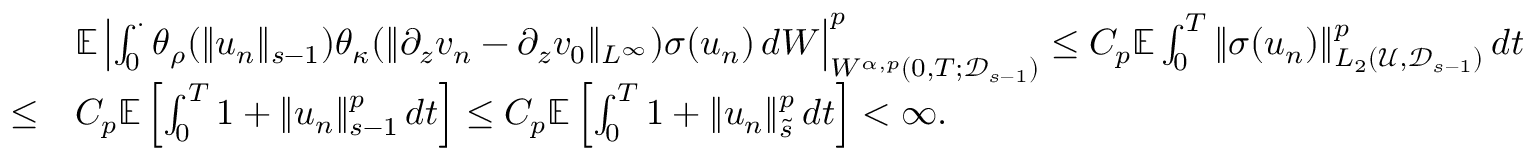
\begin{array} { r l } & { \mathbb { E } \left| \int _ { 0 } ^ { \cdot } \theta _ { \rho } ( \| u _ { n } \| _ { s - 1 } ) \theta _ { \kappa } ( \| \partial _ { z } v _ { n } - \partial _ { z } v _ { 0 } \| _ { L ^ { \infty } } ) \sigma ( u _ { n } ) \, d W \right| _ { W ^ { \alpha , p } \left( 0 , T ; \mathcal D _ { s - 1 } \right) } ^ { p } \leq C _ { p } \mathbb { E } \int _ { 0 } ^ { T } \| \sigma ( u _ { n } ) \| _ { L _ { 2 } \left( \mathscr { U } , \mathcal D _ { s - 1 } \right) } ^ { p } \, d t } \\ { \leq } & { C _ { p } \mathbb { E } \left[ \int _ { 0 } ^ { T } 1 + \| u _ { n } \| _ { s - 1 } ^ { p } \, d t \right] \leq C _ { p } \mathbb { E } \left[ \int _ { 0 } ^ { T } 1 + \| u _ { n } \| _ { \tilde { s } } ^ { p } \, d t \right] < \infty . } \end{array}